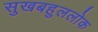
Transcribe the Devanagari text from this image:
सुखबहुललोक